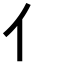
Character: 亻